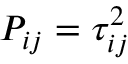
P _ { i j } = \tau _ { i j } ^ { 2 }